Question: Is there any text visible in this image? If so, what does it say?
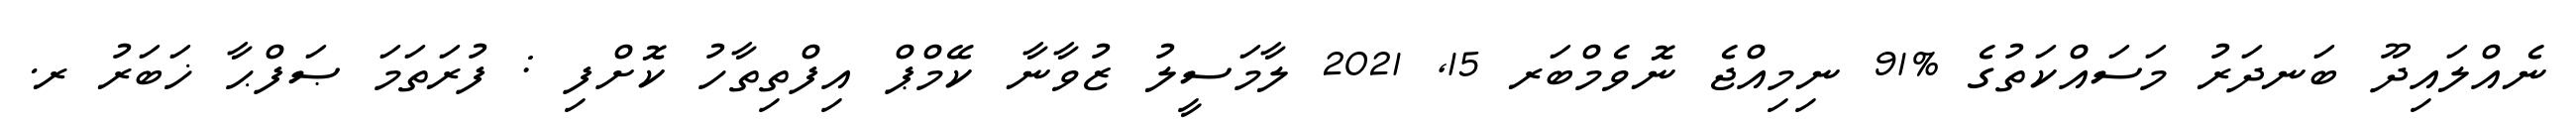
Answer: ނެއްލައިދޫ ބަނދަރު މަސައްކަތުގެ %91 ނިމިއްޖެ ނޮވެމްބަރ 15, 2021 ލާމަސީލު ޒުވާނާ ކޭމްޕް އިފްތިތާހު ކޮށްފި : ފުރަތަމަ ޞަފްޙާ ޚަބަރު ރ.